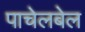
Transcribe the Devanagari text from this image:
पाचेलबेल